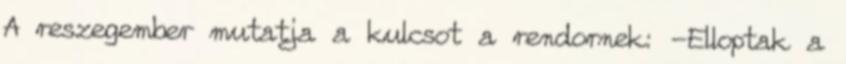
A reszegember mutatja a kulcsot a rendornek: -Elloptak a